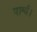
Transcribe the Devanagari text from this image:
पार्श्व।